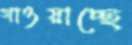
গাওয়াচ্ছে